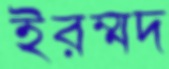
ইরম্মদ